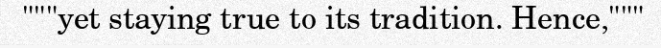
"""yet staying true to its tradition. Hence,"""